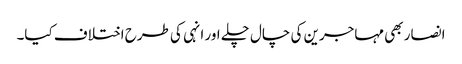
انصار بھی مہاجرین کی چال چلے اور انہی کی طرح اختلاف کیا۔